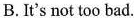
B.It's not too bad.